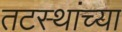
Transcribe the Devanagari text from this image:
तटस्थांच्या